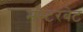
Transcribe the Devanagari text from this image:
मस्टरबेट